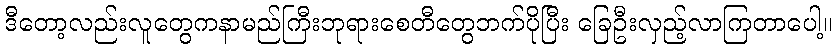
ဒီတော့လည်းလူတွေကနာမည်ကြီးဘုရားစေတီတွေဘက်ပိုပြီး ခြေဦးလှည့်လာကြတာပေါ့။